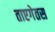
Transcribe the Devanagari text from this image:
ताएगेतस